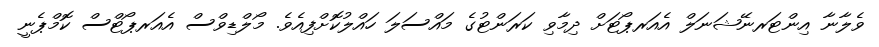
ވެލާނާ އިންޓަރނޭޝަނަލް އެއަރޕޯޓަށް ދިމާވި ކަރަންޓުގެ މައްސަލަ ހައްލުކޮށްފިއެވެ. މޯލްޑިވްސް އެއަރޕޯޓްސް ކޮމްޕެނީ